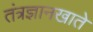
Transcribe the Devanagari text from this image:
तंत्रज्ञानखाते